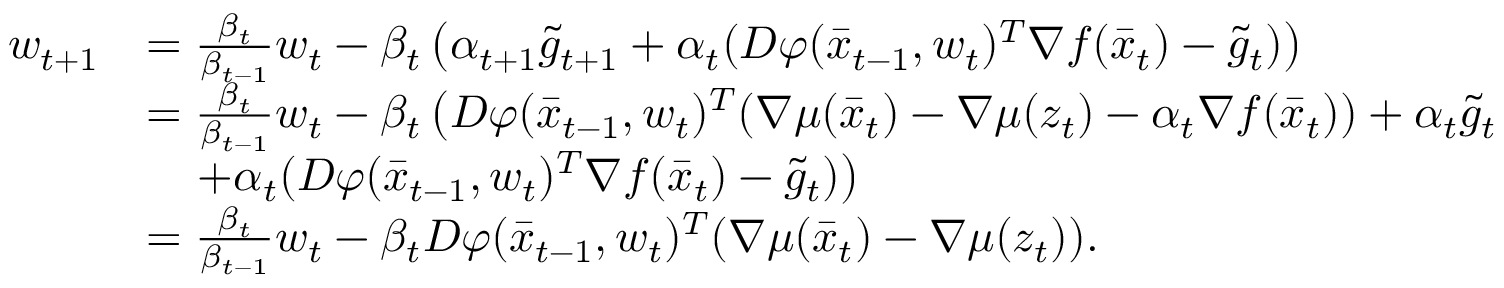
\begin{array} { r l } { w _ { t + 1 } } & { = \frac { \beta _ { t } } { \beta _ { t - 1 } } w _ { t } - \beta _ { t } \left( \alpha _ { t + 1 } \tilde { g } _ { t + 1 } + \alpha _ { t } ( D \varphi ( \bar { x } _ { t - 1 } , w _ { t } ) ^ { T } \nabla f ( \bar { x } _ { t } ) - \tilde { g } _ { t } ) \right) } \\ & { = \frac { \beta _ { t } } { \beta _ { t - 1 } } w _ { t } - \beta _ { t } \left( D \varphi ( \bar { x } _ { t - 1 } , w _ { t } ) ^ { T } ( \nabla \mu ( \bar { x } _ { t } ) - \nabla \mu ( z _ { t } ) - \alpha _ { t } \nabla f ( \bar { x } _ { t } ) ) + \alpha _ { t } \tilde { g } _ { t } \right. } \\ & { \quad \left. + \alpha _ { t } ( D \varphi ( \bar { x } _ { t - 1 } , w _ { t } ) ^ { T } \nabla f ( \bar { x } _ { t } ) - \tilde { g } _ { t } ) \right) } \\ & { = \frac { \beta _ { t } } { \beta _ { t - 1 } } w _ { t } - \beta _ { t } D \varphi ( \bar { x } _ { t - 1 } , w _ { t } ) ^ { T } ( \nabla \mu ( \bar { x } _ { t } ) - \nabla \mu ( z _ { t } ) ) . } \end{array}